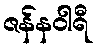
ဇန်နဝါရီ